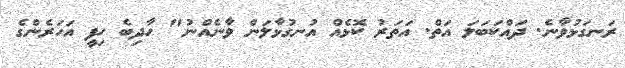
ރަނގަޅުވާނެ. ދައްކަބަލަ އަތް. އަތަރު ކޮޅެއް އުނގުޅާލަން ވާނެއްނު" ހާދިބެ ހިފީ އަހަރެންގެ